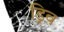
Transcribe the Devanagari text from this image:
ड्रिव